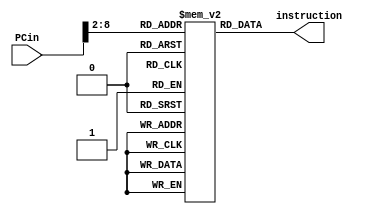
module instMemory(input [31:0] PCin,output reg [31:0] instruction);
	parameter memory_size=128;//kendi degerinizi giriniz
	reg [31:0] iMem [0:memory_size-1];
	integer i = 1;

	always @ (PCin) begin
	//gnderirken 2 sola shift etmitik imdi tam tersine
		instruction <= iMem[PCin >> 2];
		i = i + 1;
		if(PCin >= memory_size * 4) begin
			#((memory_size-i)*50);//memory sonuna geldiinde
		end
	end
	
endmodule